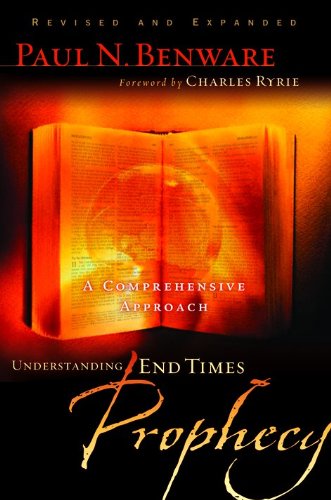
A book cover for Understanding End Times Prophecy: A Comprehensive Approach; Paul N. Benware; Christian Books & Bibles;